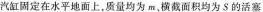
汽缸固定在水平地面上，质量均为m。横截面积均为S的活塞